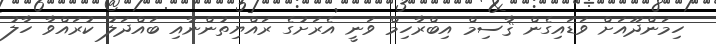
ހިމަންދޫއަށް ވަޑައިގެން ޤާސިމް އިބްރާހިމް ވަނީ އެރަށުގެ ރައްޔިތުންނާއި ބައްދަލު ކުރައްވާ ހާލު